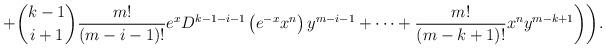
LaTeX: \begin{align*}+ \binom{k-1}{i+1}\frac{m!}{(m - i - 1)!} e^x D^{k-1-i-1}\left( e^{-x} x^n\right)y^{m-i-1} + \cdots + \frac{m!}{(m-k+1)!}x^n y^{m-k+1} \biggr)\biggr). \end{align*}